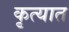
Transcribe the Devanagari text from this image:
कृत्यात